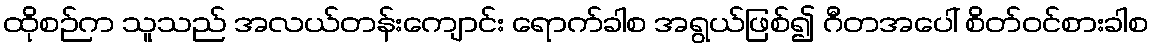
ထိုစဉ်က သူသည် အလယ်တန်းကျောင်း ရောက်ခါစ အရွယ်ဖြစ်၍ ဂီတအပေါ် စိတ်ဝင်စားခါစ